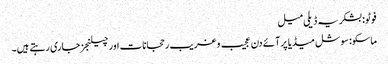
فوٹو: بشکریہ ڈیلی میل
ماسکو: سوشل میڈیا پر آئے دن عجیب و غریب رحجانات اور چیلنجز جاری رہتے ہیں۔